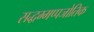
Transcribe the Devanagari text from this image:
सद्धम्मप्पजोतिक